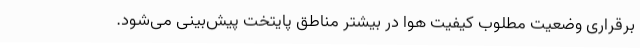
برقراری وضعیت مطلوب کیفیت هوا در بیشتر مناطق پایتخت پیش‌بینی می‌شود.